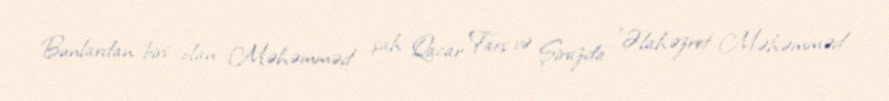
Bunlardan biri olan Məhəmməd şah Qacar Fars və Şirazda "Əlahəzret Məhəmməd